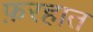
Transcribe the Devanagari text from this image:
फ़रहात